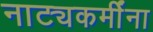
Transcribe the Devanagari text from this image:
नाट्यकर्मींना